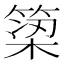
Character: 𫞿